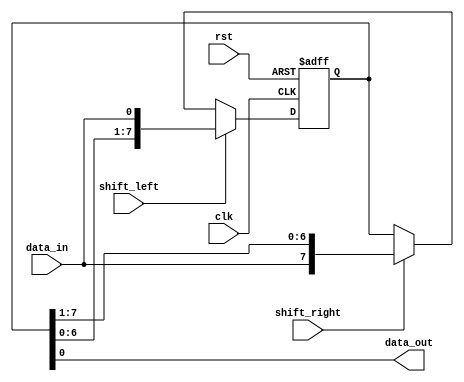
module bidirectional_shift_register (
    input wire clk,             // Clock input
    input wire rst,             // Reset input
    input wire shift_left,      // Shift left control signal
    input wire shift_right,     // Shift right control signal
    input wire data_in,         // Input data
    output wire data_out        // Output data
);

reg [7:0] register;             // 8-bit bidirectional shift register

always @(posedge clk or posedge rst) begin
    if (rst) begin
        register <= 8'h00;     // Reset the register when the reset signal is asserted
    end else begin
        if (shift_left) begin
            register <= {register[6:0], data_in};   // Shift data left in the register
        end else if (shift_right) begin
            register <= {data_in, register[7:1]};   // Shift data right in the register
        end
    end
end

assign data_out = register[0];   // Output data from the first bit of the register

endmodule